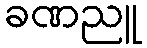
ခဏညူ